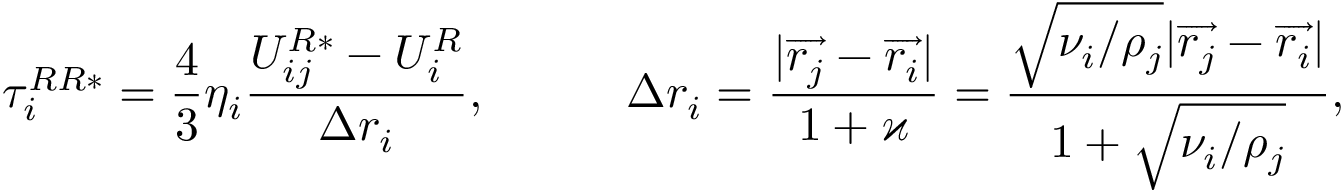
\tau _ { i } ^ { R R * } = \frac { 4 } { 3 } \eta _ { i } \frac { U _ { i j } ^ { R * } - U _ { i } ^ { R } } { \Delta r _ { i } } , \quad \mathrm { г д е } \quad \Delta r _ { i } = \frac { | \overrightarrow { r _ { j } } - \overrightarrow { r _ { i } } | } { 1 + \varkappa } = \frac { \sqrt { \nu _ { i } / \rho _ { j } } | \overrightarrow { r _ { j } } - \overrightarrow { r _ { i } } | } { 1 + \sqrt { \nu _ { i } / \rho _ { j } } } ,